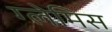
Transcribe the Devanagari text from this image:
ग्लेमिस